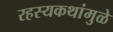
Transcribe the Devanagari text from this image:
रहस्यकथांमुळे